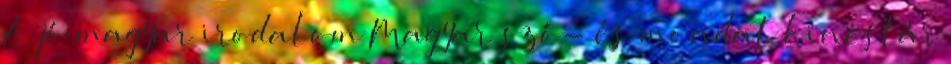
A jó magyar irodalom Magyar szó- és mondat kincstár